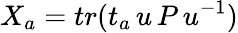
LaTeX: X_{a}=tr(t_{a}\, u\, P\, u^{-1})